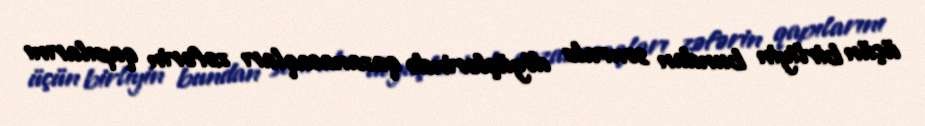
üçün birliyin bundan sonrakı döyüşlərində qazanacaqları zəfərin qapılarını